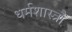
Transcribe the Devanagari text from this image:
धर्मशास्त्रौं